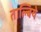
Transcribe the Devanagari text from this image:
ताल्बिये